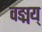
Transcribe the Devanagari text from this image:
वङ्मय्